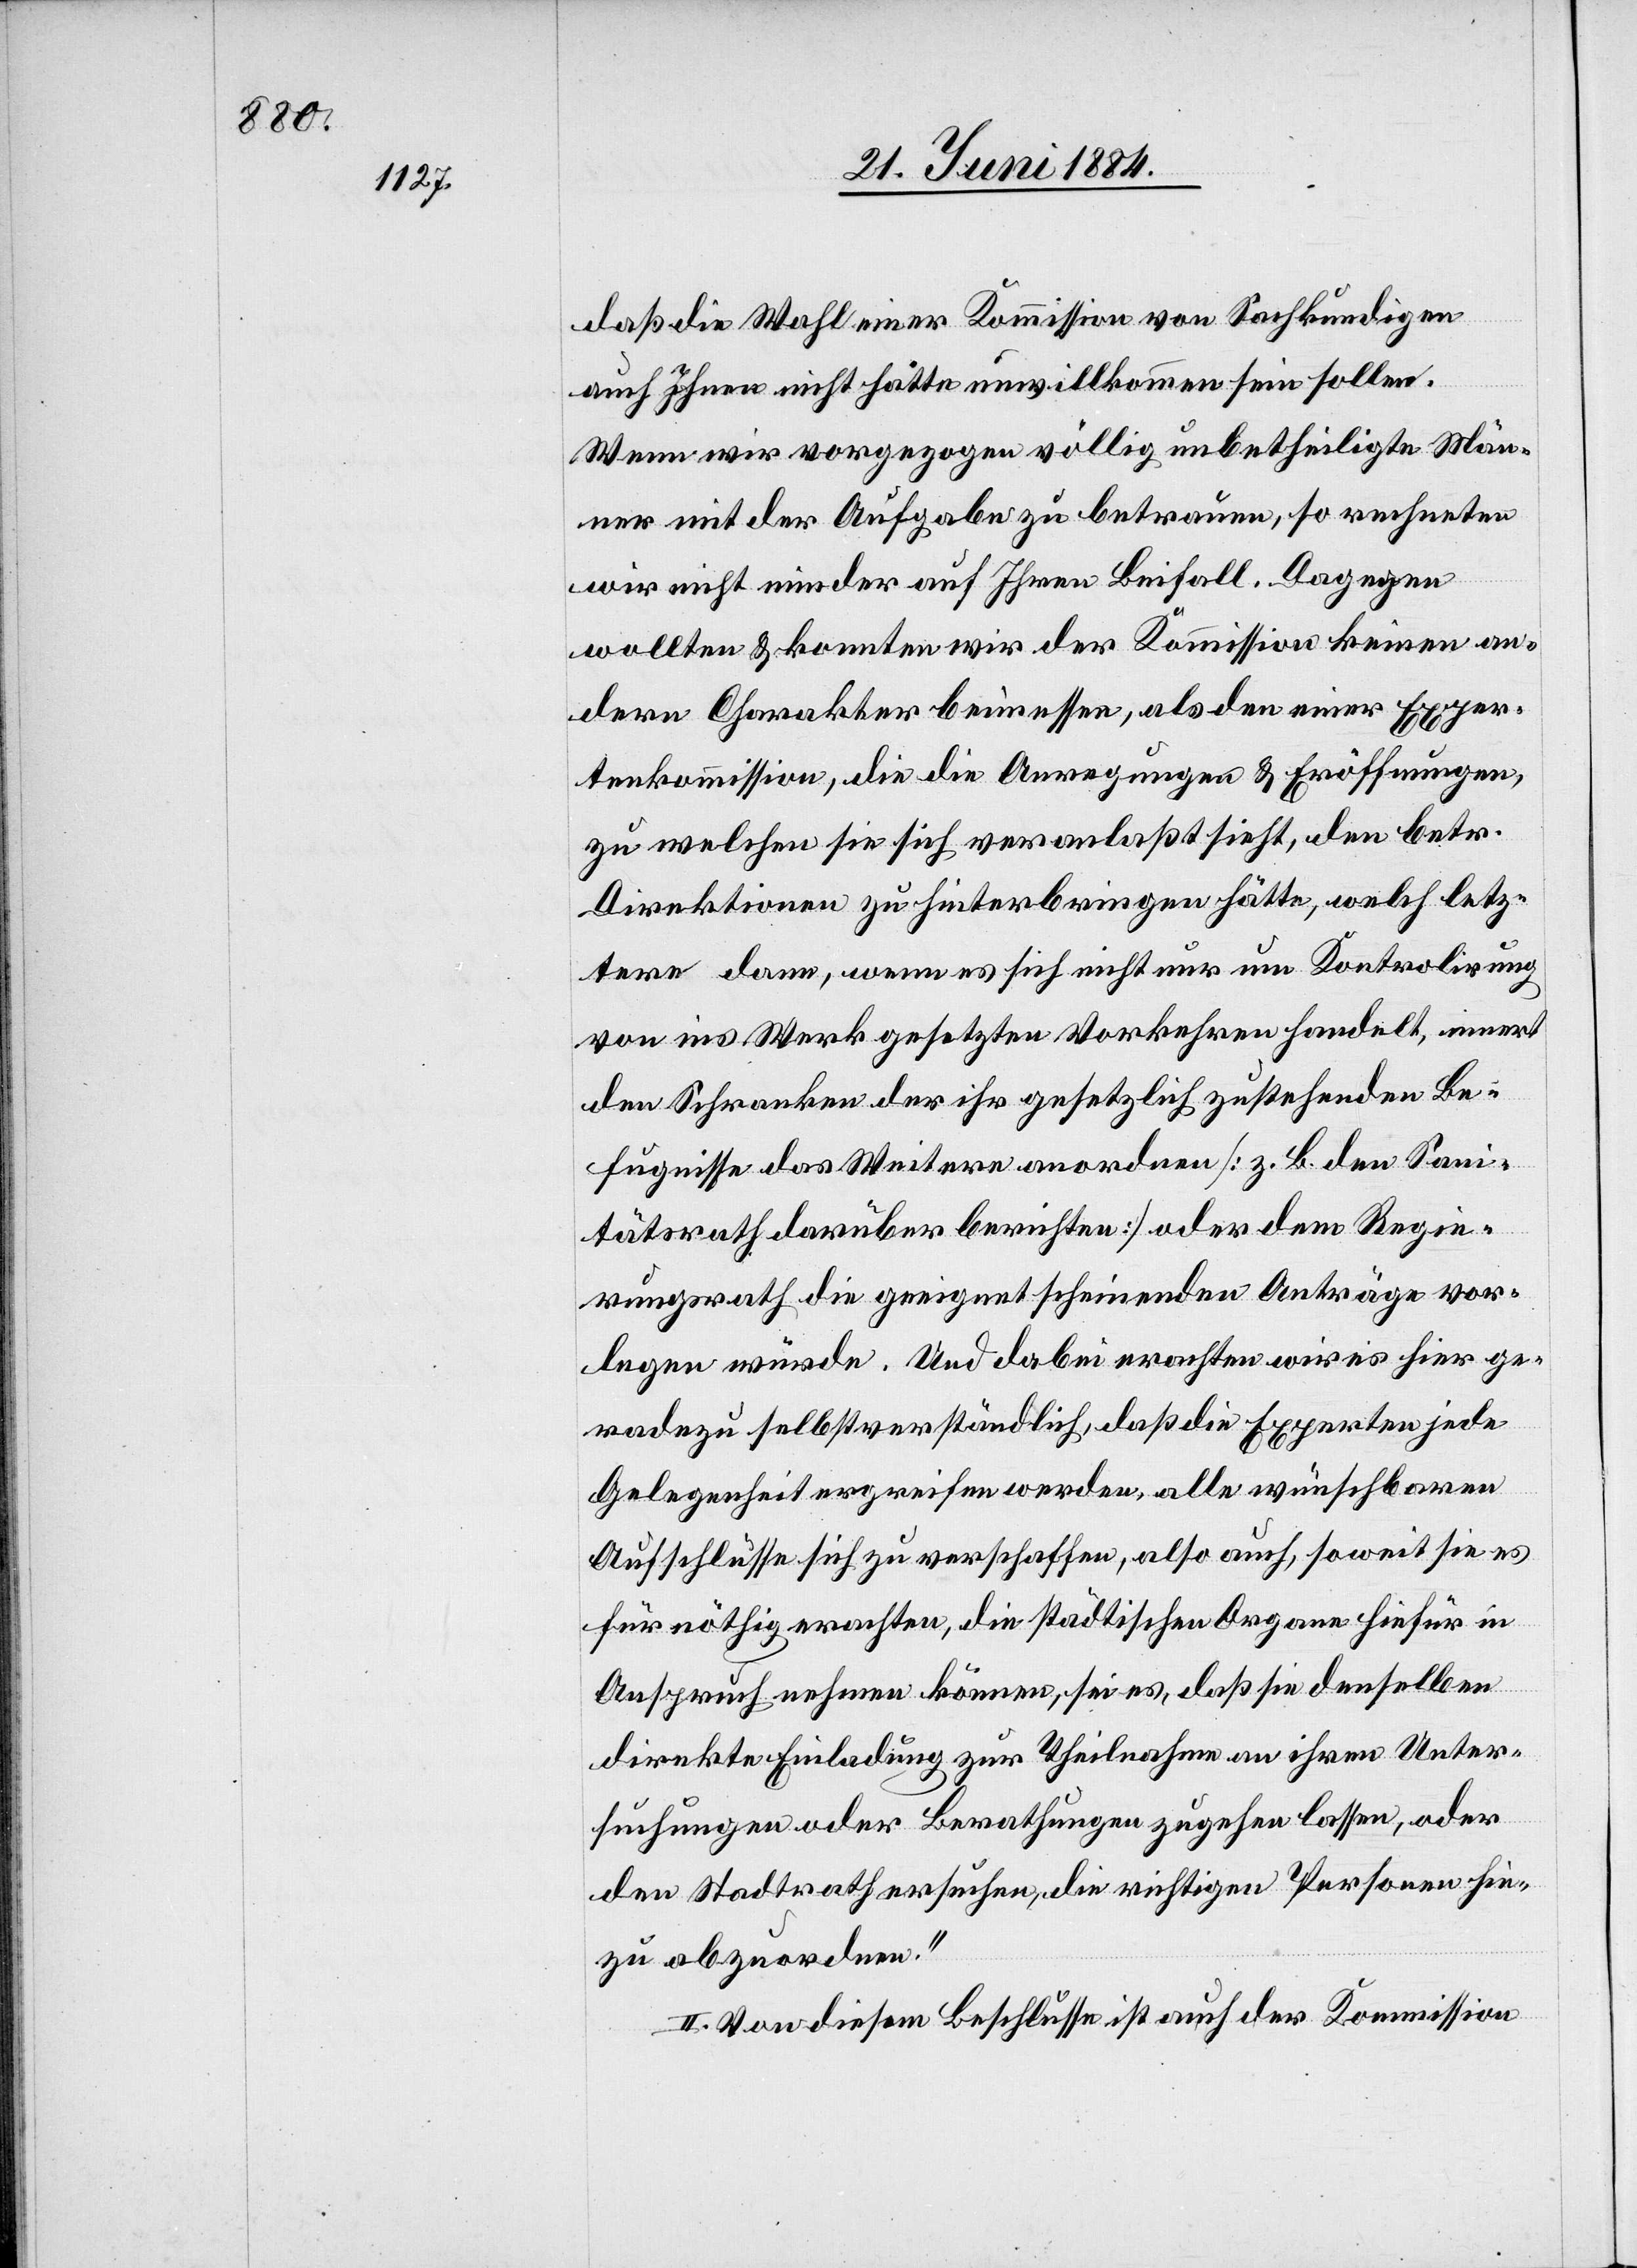
daß die Wahl einer Kommission von Sachkundigen
auch Ihnen nicht hätte unwillkommen sein sollen.
Wenn wir vorgezogen völlig unbetheiligte Män¬
ner mit der Aufgabe zu betrauen, so rechneten
wir nicht minder auf Ihren Beifall. Dagegen
wollten & konnten wir der Kommission keinen an¬
dern Charakter beimessen, als den einer Exper¬
tenkommission, die die Anregungen & Eröffnungen,
zu welchen sie sich veranlaßt sieht, den betr.
Direktionen zu hinterbringen hätte, welch letz¬
tere dann, wenn es sich nicht nur um Kontrolirung
von ins Werk gesetzten Vorkehren handelt, innert
den Schranken der ihr gesetzlich zustehenden Be¬
fugnisse des Weitern anordnen [z. B. den [sic!]
Sanitätsrath darüber berichten] oder dem Regie¬
rungsrath die geeignet scheinenden Anträge vor¬
legen würde. Und dabei erachten wir es hier ge¬
radezu selbstverständlich, daß die Experten jede
Gelegenheit ergreifen werden, alle wünschbaren
Aufschlüsse sich zu verschaffen, also auch, soweit sie es
für nöthig erachten, die städtischen Organe hierfür in
Anspruch nehmen können, sei es, daß sie denselben
direkte Einladung zur Theilnahme an ihren Unter¬
suchungen oder Berathungen zugehen lassen, oder
den Stadtrath ersuchen, die richtigen Personen hie¬
zu abzuordnen.“
II. Von diesem Beschlusse ist auch der Kommission